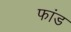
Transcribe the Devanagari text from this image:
फांड